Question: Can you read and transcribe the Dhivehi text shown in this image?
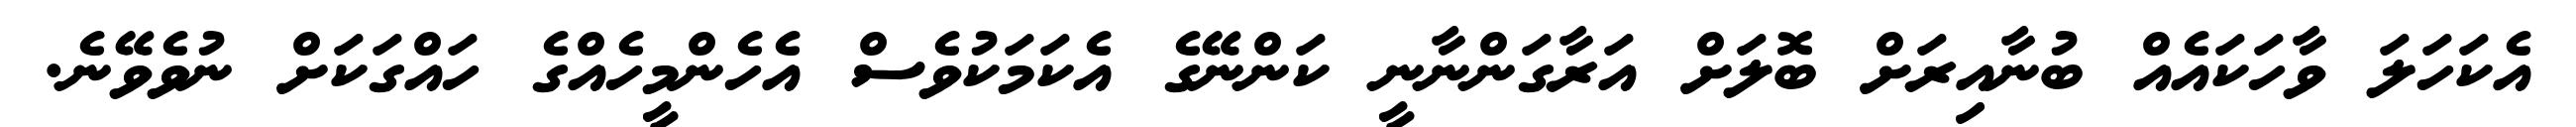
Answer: އެކަހަލަ ވާހަކައެއް ބުނާއިރަށް ބޮލަށް އަރާގަންނާނީ ކަންނޭގެ އެކަމަކުވެސް އެހެންމީހެއްގެ ހައްގަކަށް ނުވެވޭނެ.